Problem: 30 + 6 = ?
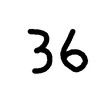
Handwritten answer: 36